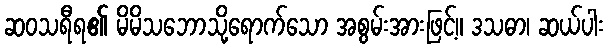
ဆဝသရီရ၏ မိမိသဘောသို့ရောက်သော အစွမ်းအားဖြင့်။ ဒသဓာ၊ ဆယ်ပါး